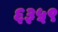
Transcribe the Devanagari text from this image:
६३५९